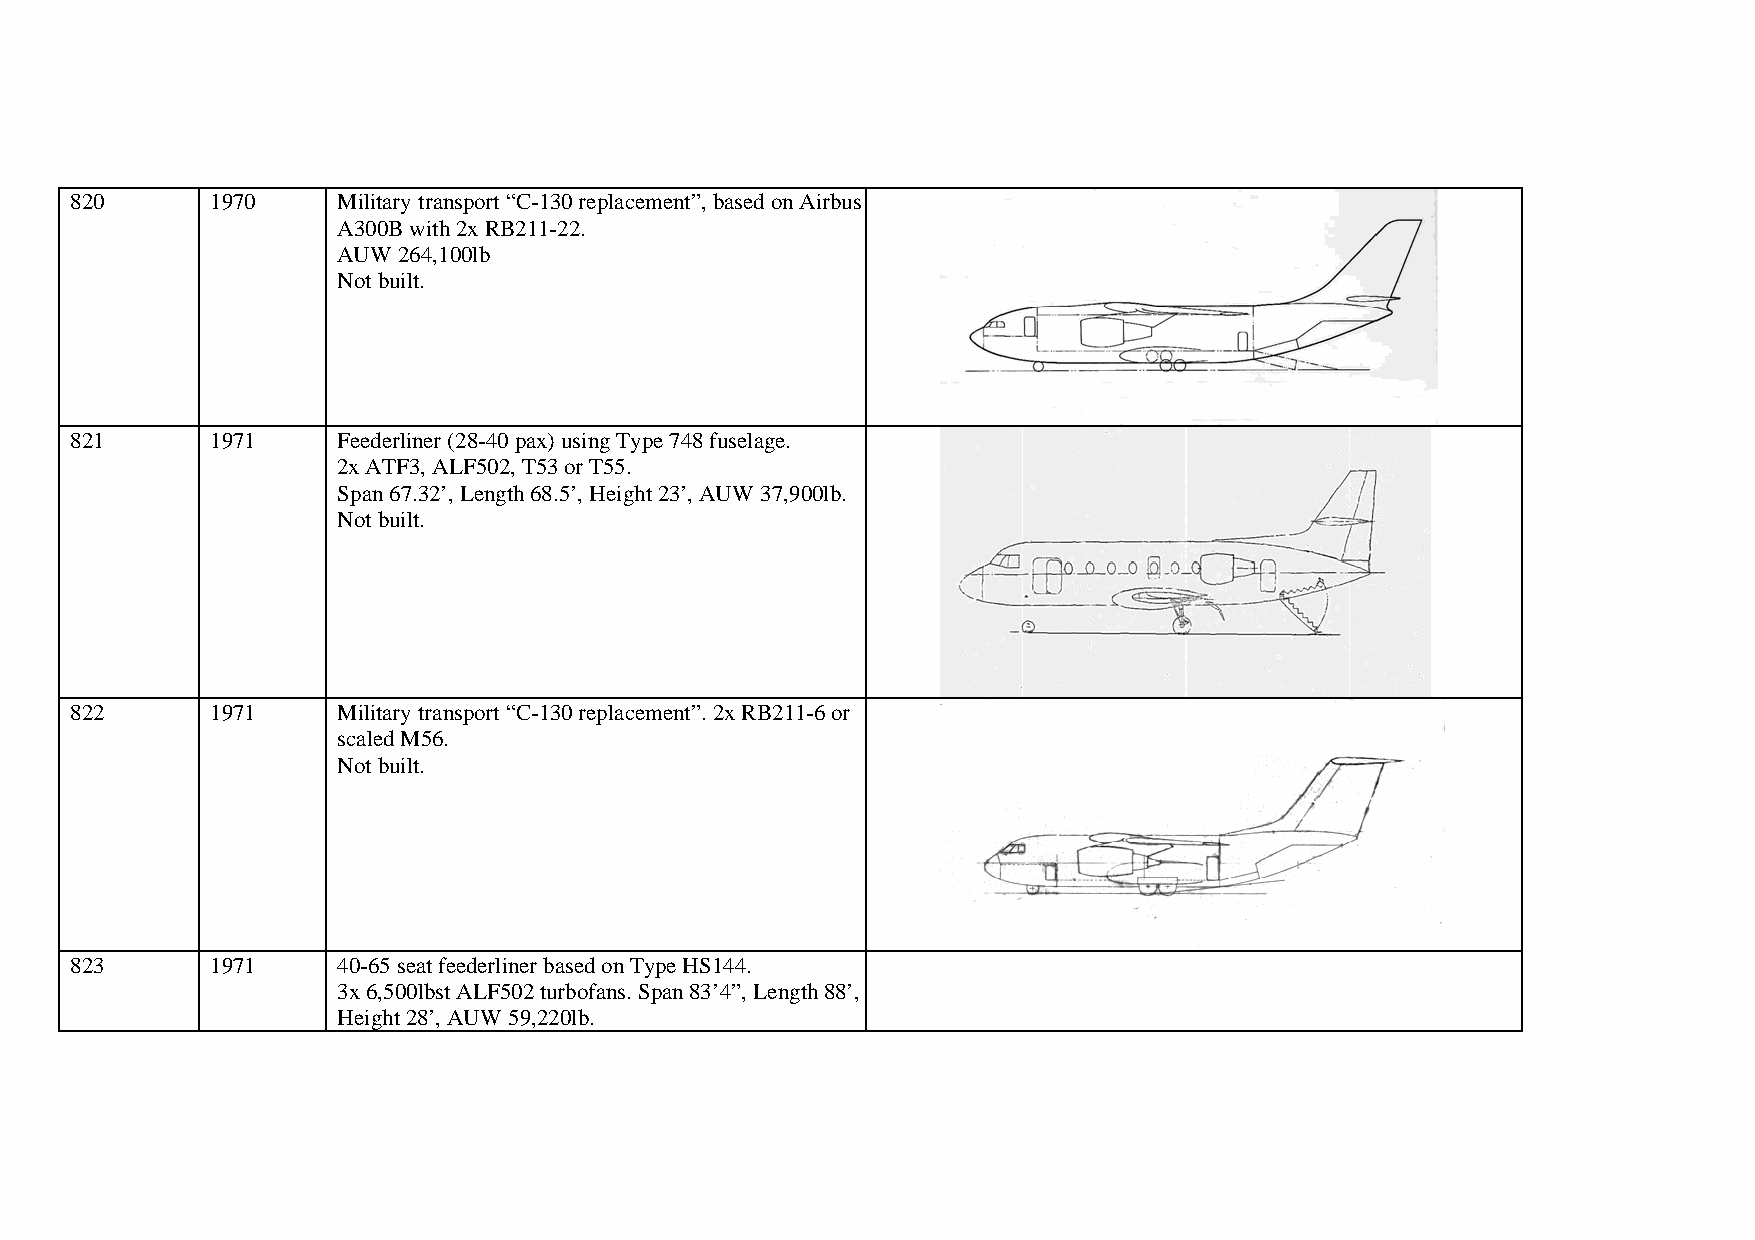
820      1970    Military transport “C-130 replacement”, based on Airbus
 A300B with 2x RB211-22.
 AUW 264,100lb
 Not built.
 821      1971    Feederliner (28-40 pax) using Type 748 fuselage.
 2x ATF3, ALF502, T53 or T55.
 Span 67.32’, Length 68.5’, Height 23’, AUW 37,900lb.
 Not built.
 822      1971    Military transport “C-130 replacement”. 2x RB211-6 or
 scaled M56.
 Not built.
 823      1971    40-65 seat feederliner based on Type HS144.
 3x 6,500lbst ALF502 turbofans. Span 83’4”, Length 88’,
 Height 28’, AUW 59,220lb.